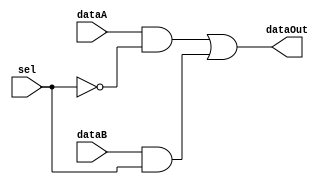
`timescale 1ns/1ns
module mux2to1( input dataA, input dataB, input sel, output dataOut );

wire selb ;
wire output1 ;
wire output2 ;
wire out ;

// not (selb, sel); //selb = not sel
and (output1, dataA, ~sel);
and (output2, dataB, sel);
or (out, output1, output2);

assign dataOut = out ;


endmodule